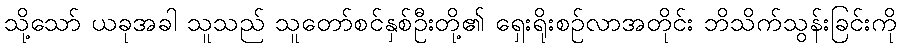
သို့သော် ယခုအခါ သူသည် သူတော်စင်နှစ်ဦးတို့၏ ရှေးရိုးစဉ်လာအတိုင်း ဘိသိက်သွန်းခြင်းကို